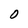
Character: O